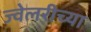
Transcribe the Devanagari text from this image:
ज्वेलरीच्या